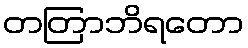
တတြာဘိရတော